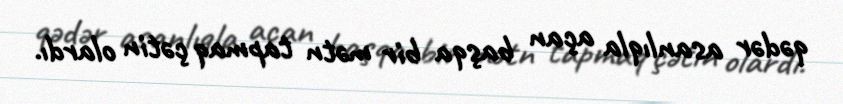
qədər asanlıqla açan başqa bir mətn tapmaq çətin olardı.